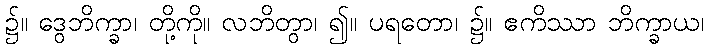
၌။ ဒွေဘိက္ခာ၊ တို့ကို။ လဘိတွာ၊ ၍။ ပရတော၊ ၌။ ဧကိဿာ ဘိက္ခာယ၊